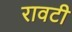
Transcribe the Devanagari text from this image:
रावटी